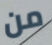
من